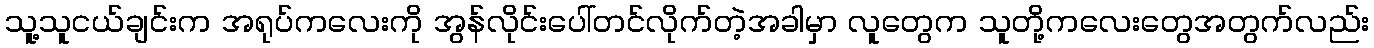
သူ့သူငယ်ချင်းက အရုပ်ကလေးကို အွန်လိုင်းပေါ်တင်လိုက်တဲ့အခါမှာ လူတွေက သူတို့ကလေးတွေအတွက်လည်း